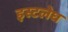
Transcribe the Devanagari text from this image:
इस्टलेघ